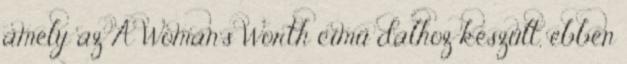
amely az A Woman’s Worth című dalhoz készült, ebben